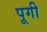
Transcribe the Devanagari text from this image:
पूगी